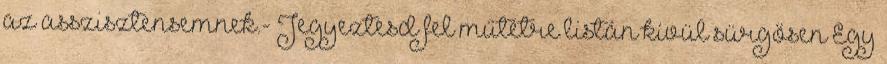
az asszisztensemnek.- Jegyeztesd fel műtétre listán kívül sürgősen Egy